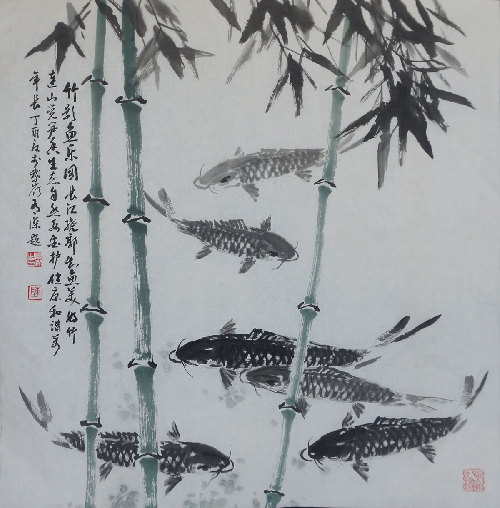
细雨鱼儿出，微风燕子斜。